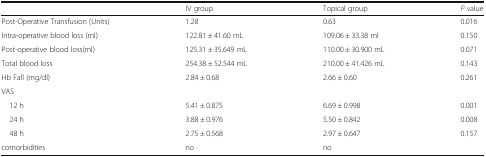
<table><thead><tr><td></td><td><b>IV group</b></td><td><b>Topical group</b></td><td><b><i>P</i> value</b></td></tr></thead><tbody><tr><td>Post-Operative Transfusion (Units)</td><td>1.28</td><td>0.63</td><td>0.016</td></tr><tr><td>Intra-operative blood loss (ml)</td><td>122.81 ± 41.60 mL</td><td>109.06 ± 33.38 ml</td><td>0.150</td></tr><tr><td>Post-operative blood loss(ml)</td><td>125.31 ± 35.649 mL</td><td>110.00 ± 30.900 mL</td><td>0.071</td></tr><tr><td>Total blood loss</td><td>254.38 ± 52.544 mL</td><td>210.00 ± 41.426 mL</td><td>0.143</td></tr><tr><td>Hb Fall (mg/dl)</td><td>2.84 ± 0.68</td><td>2.66 ± 0.60</td><td>0.261</td></tr><tr><td colspan="4">VAS</td></tr><tr><td> 12 h</td><td>5.41 ± 0.875</td><td>6.69 ± 0.998</td><td>0.001</td></tr><tr><td> 24 h</td><td>3.88 ± 0.976</td><td>5.50 ± 0.842</td><td>0.008</td></tr><tr><td> 48 h</td><td>2.75 ± 0.568</td><td>2.97 ± 0.647</td><td>0.157</td></tr><tr><td>comorbidities</td><td>no</td><td>no</td><td></td></tr></tbody></table>